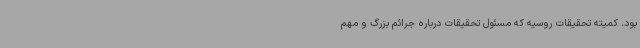
بود. کمیته تحقیقات روسیه که مسئول تحقیقات درباره جرائم بزرگ و مهم